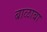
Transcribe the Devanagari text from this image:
बाळाबा